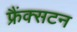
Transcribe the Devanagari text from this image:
फ्रैंक्सटन